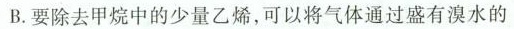
B.要除去甲烷中的少量乙烯，可以将气体通过盛有溴水的